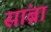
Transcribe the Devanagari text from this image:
सांब्रा